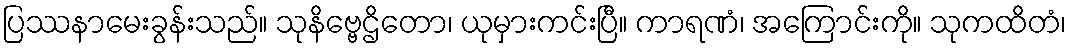
ပြဿနာမေးခွန်းသည်။ သုနိဗ္ဗေဌိတော၊ ယုမှားကင်းပြီ။ ကာရဏံ၊ အကြောင်းကို။ သုကထိတံ၊